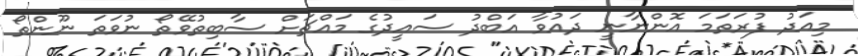
މިއަދު ފުރަތަމަ އޮންނާނީ ދައުވާ އަބްދު ސައީދުގެ މައްޗަށް ސާބިތުވޭތޯ ނުވަތަ ނޫންތޯ